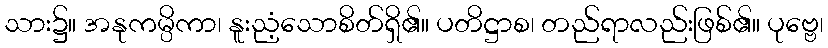
သား၌။ အနုကမ္ပိကာ၊ နူးညံ့သောစိတ်ရှိ၏။ ပတိဋ္ဌာစ၊ တည်ရာလည်းဖြစ်၏။ ပုဗ္ဗေ၊